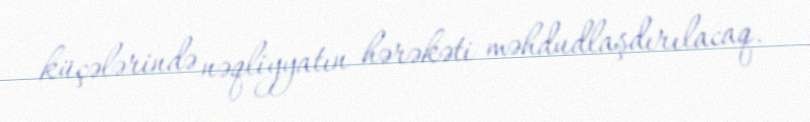
küçələrində nəqliyyatın hərəkəti məhdudlaşdırılacaq.